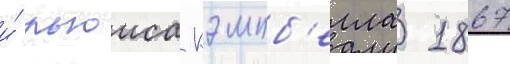
и́ льюиса кэмпб'елла 1867